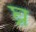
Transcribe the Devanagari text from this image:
घ्न